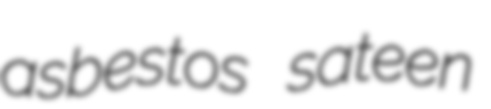
asbestos sateen